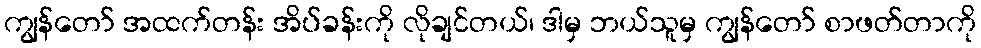
ကျွန်တော် အထက်တန်း အိပ်ခန်းကို လိုချင်တယ်၊ ဒါမှ ဘယ်သူမှ ကျွန်တော် စာဖတ်တာကို